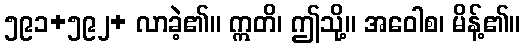
၅၉၁+၅၉၂+ လာခဲ့၏။ ဣတိ၊ ဤသို့။ အဝေါစ၊ မိန့်၏။